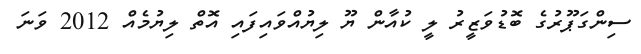
ސިންގަޕޫރުގެ ބޮޑުވަޒީރު ލީ ކުއާން ޔޫ ލިޔުއްވައިފައި އޮތް ލިޔުމެއް 2012 ވަނަ